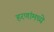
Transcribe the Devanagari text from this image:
हरणांमध्ये